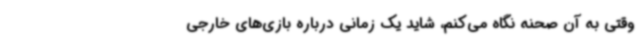
وقتی به آن صحنه نگاه می‌کنم، شاید یک زمانی درباره بازی‌های خارجی